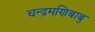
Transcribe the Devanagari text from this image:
चन्द्रमणिबाबु